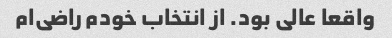
واقعا عالی بود. از انتخاب خودم راضی‌ام